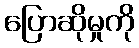
ပြောဆိုမှုကို